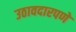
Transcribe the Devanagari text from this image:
उठावदारपणे